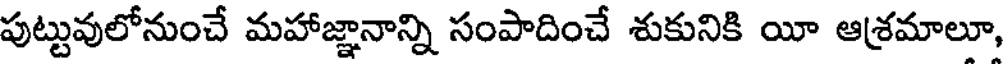
పుట్టువులోనుంచే మహాజ్ఞానాన్ని సంపాదించే శుకునికి యీ ఆశ్రమాలూ,